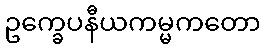
ဥက္ခေပနီယကမ္မကတော